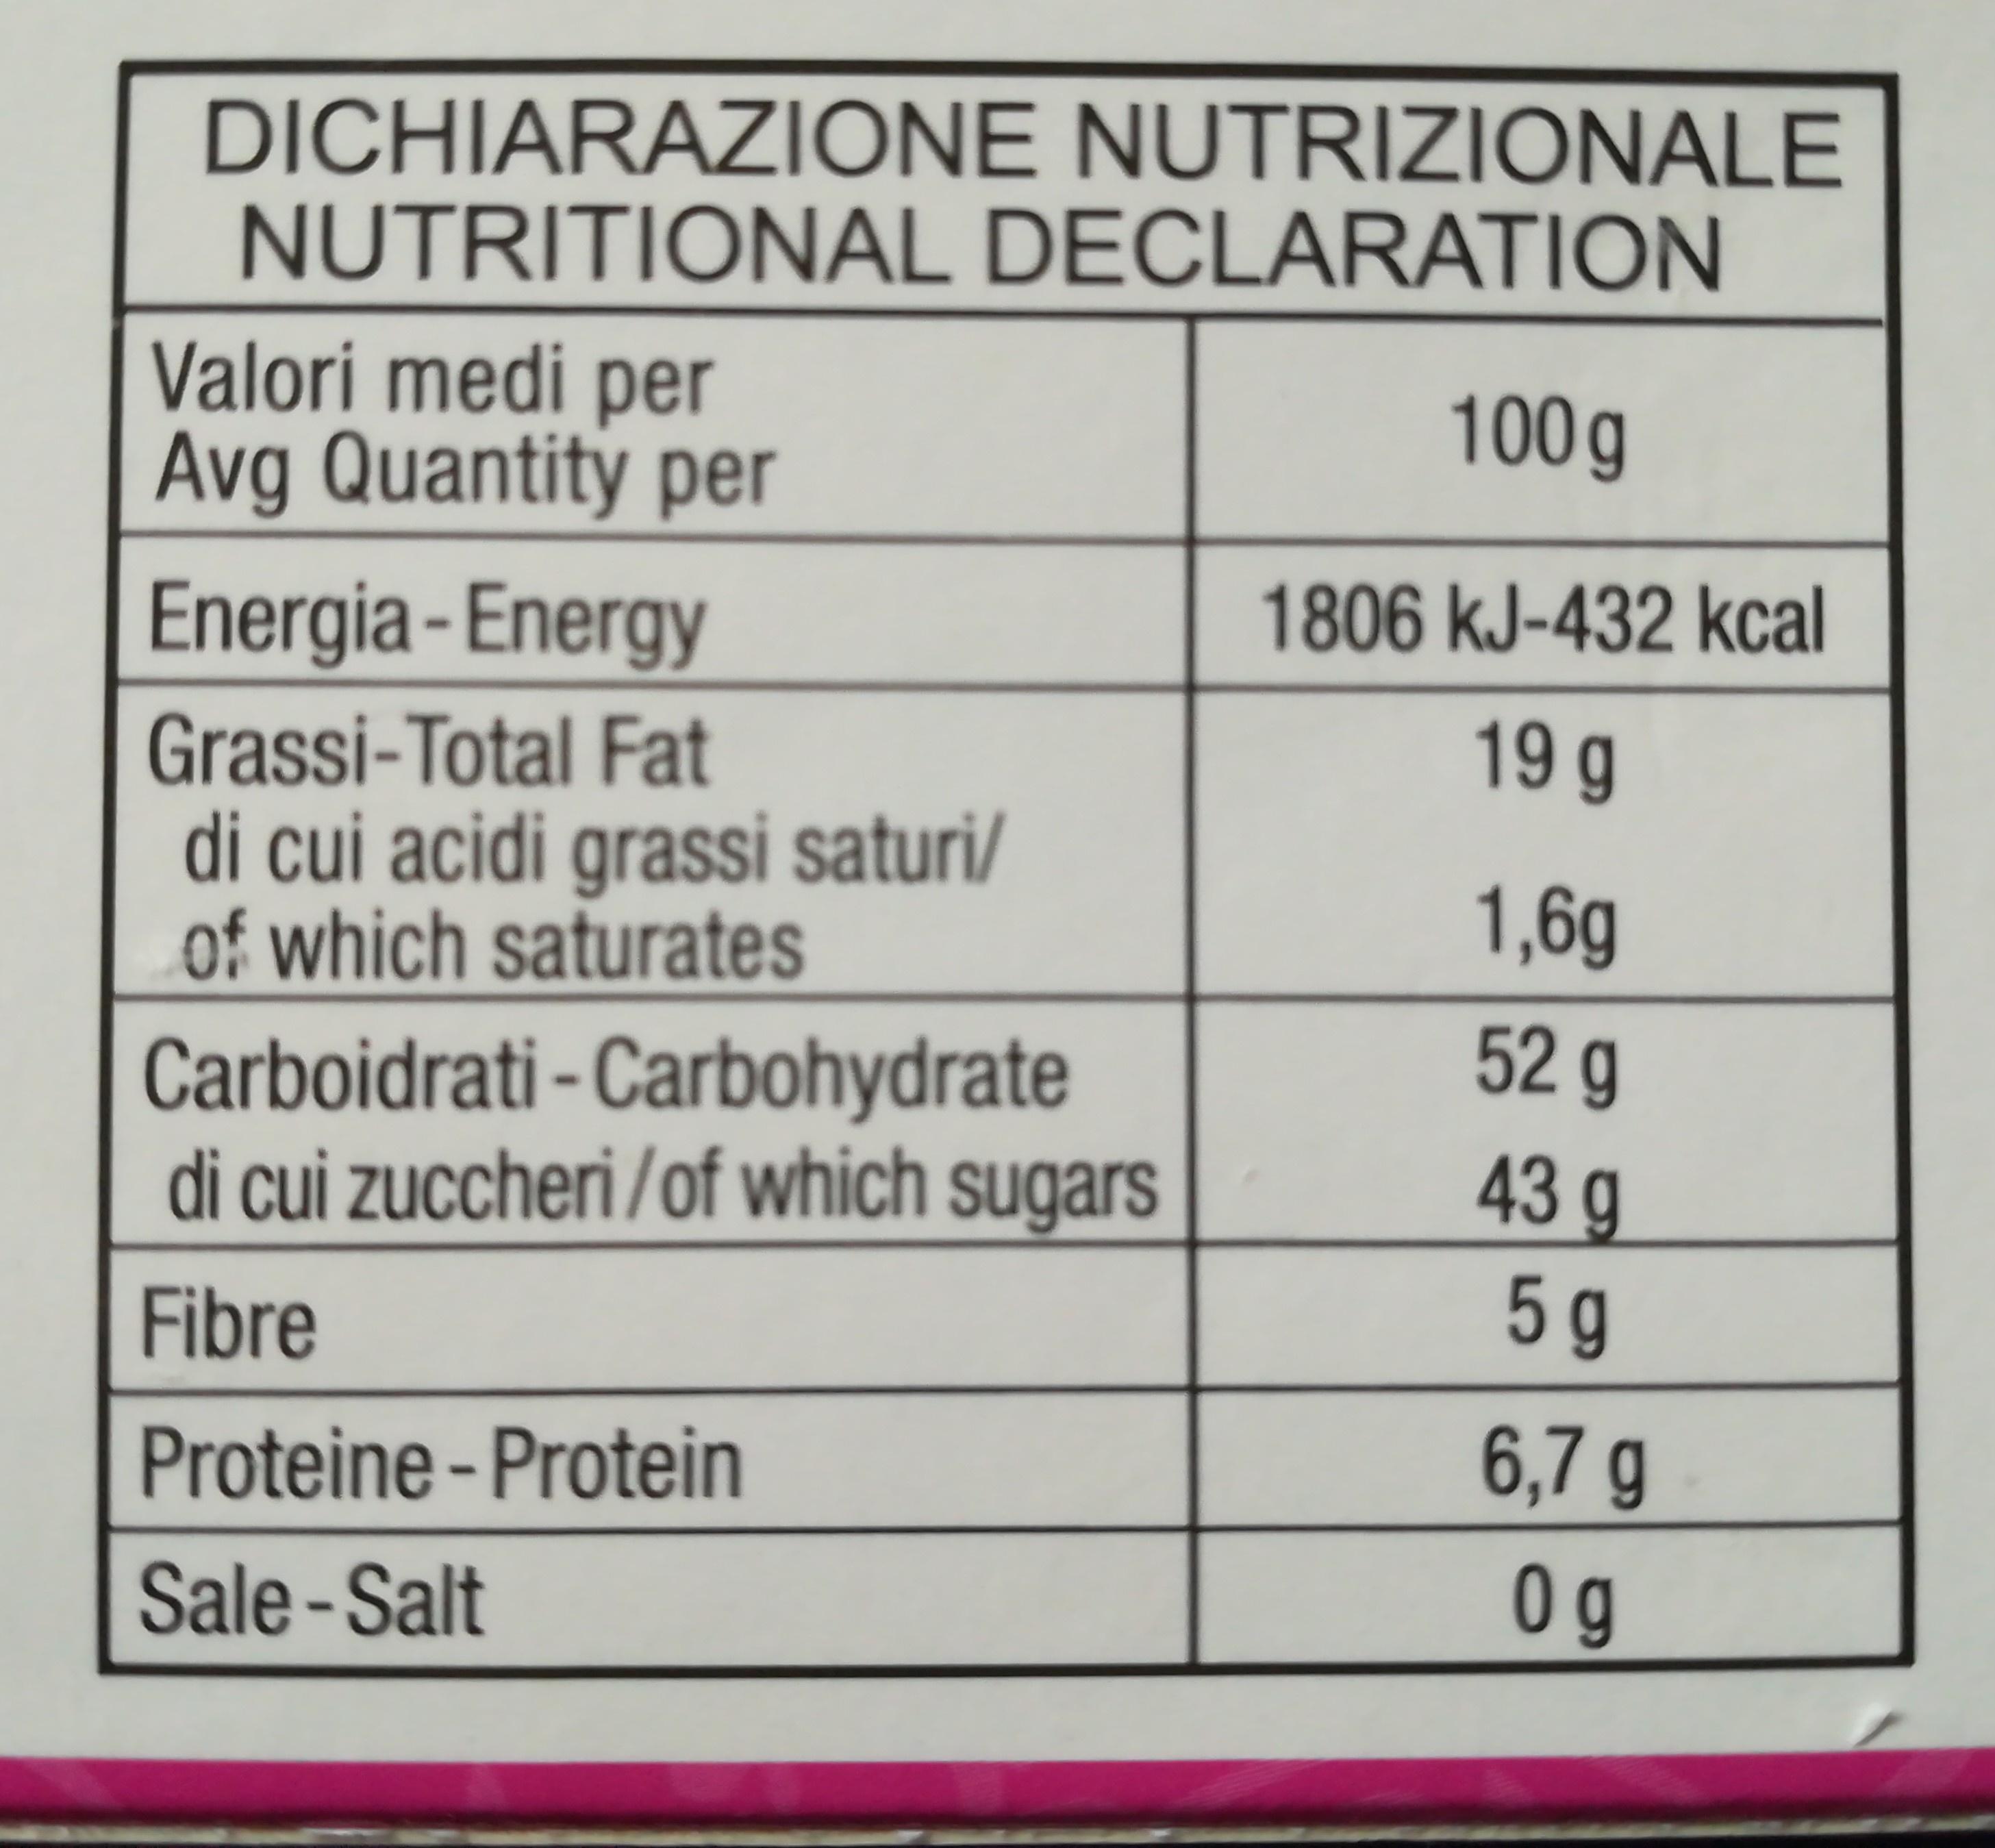
DICHIARAZIONE NUTRIZIONALE NUTRITIONAL DECLARATION Valori medi per Avg Quantity per 100g 1806 kJ-432 kcal Energia-Energy 19 g Grassi-Total Fat di cui acidi grassi saturi/ of which saturates Carboidrati - Carbohydrate di cui zuccheri/of which sugars 1,6g 52 g 43 g 5g Fibre 6,7 g Proteine - Protein 0 g Sale-Salt